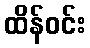
ထိန်ဝင်း